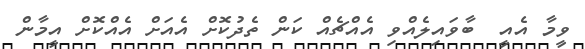
ވީމާ އެއީ  ބާވައިލެއްވި އެއްޗެއް ކަން ތެދުކޮށް އެއަށް އެއްކޮށް އީމާން